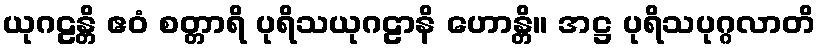
ယုဂဠန္တိ ဧဝံ စတ္တာရိ ပုရိသယုဂဠာနိ ဟောန္တိ။ အဋ္ဌ ပုရိသပုဂ္ဂလာတိ